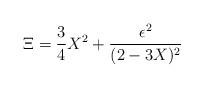
LaTeX: \begin{align*}\Xi = {3 \over 4} X^2 + {\epsilon ^2 \over (2- 3X) ^2} \end{align*}